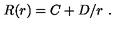
R ( r ) = C + D / r \ .